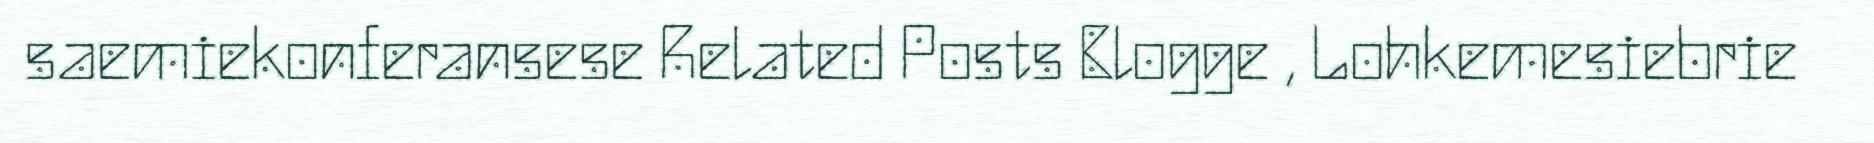
saemiekonferansese Related Posts Blogge , Lohkemesiebrie